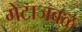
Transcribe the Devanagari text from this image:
गेटाजवळ